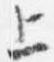
上